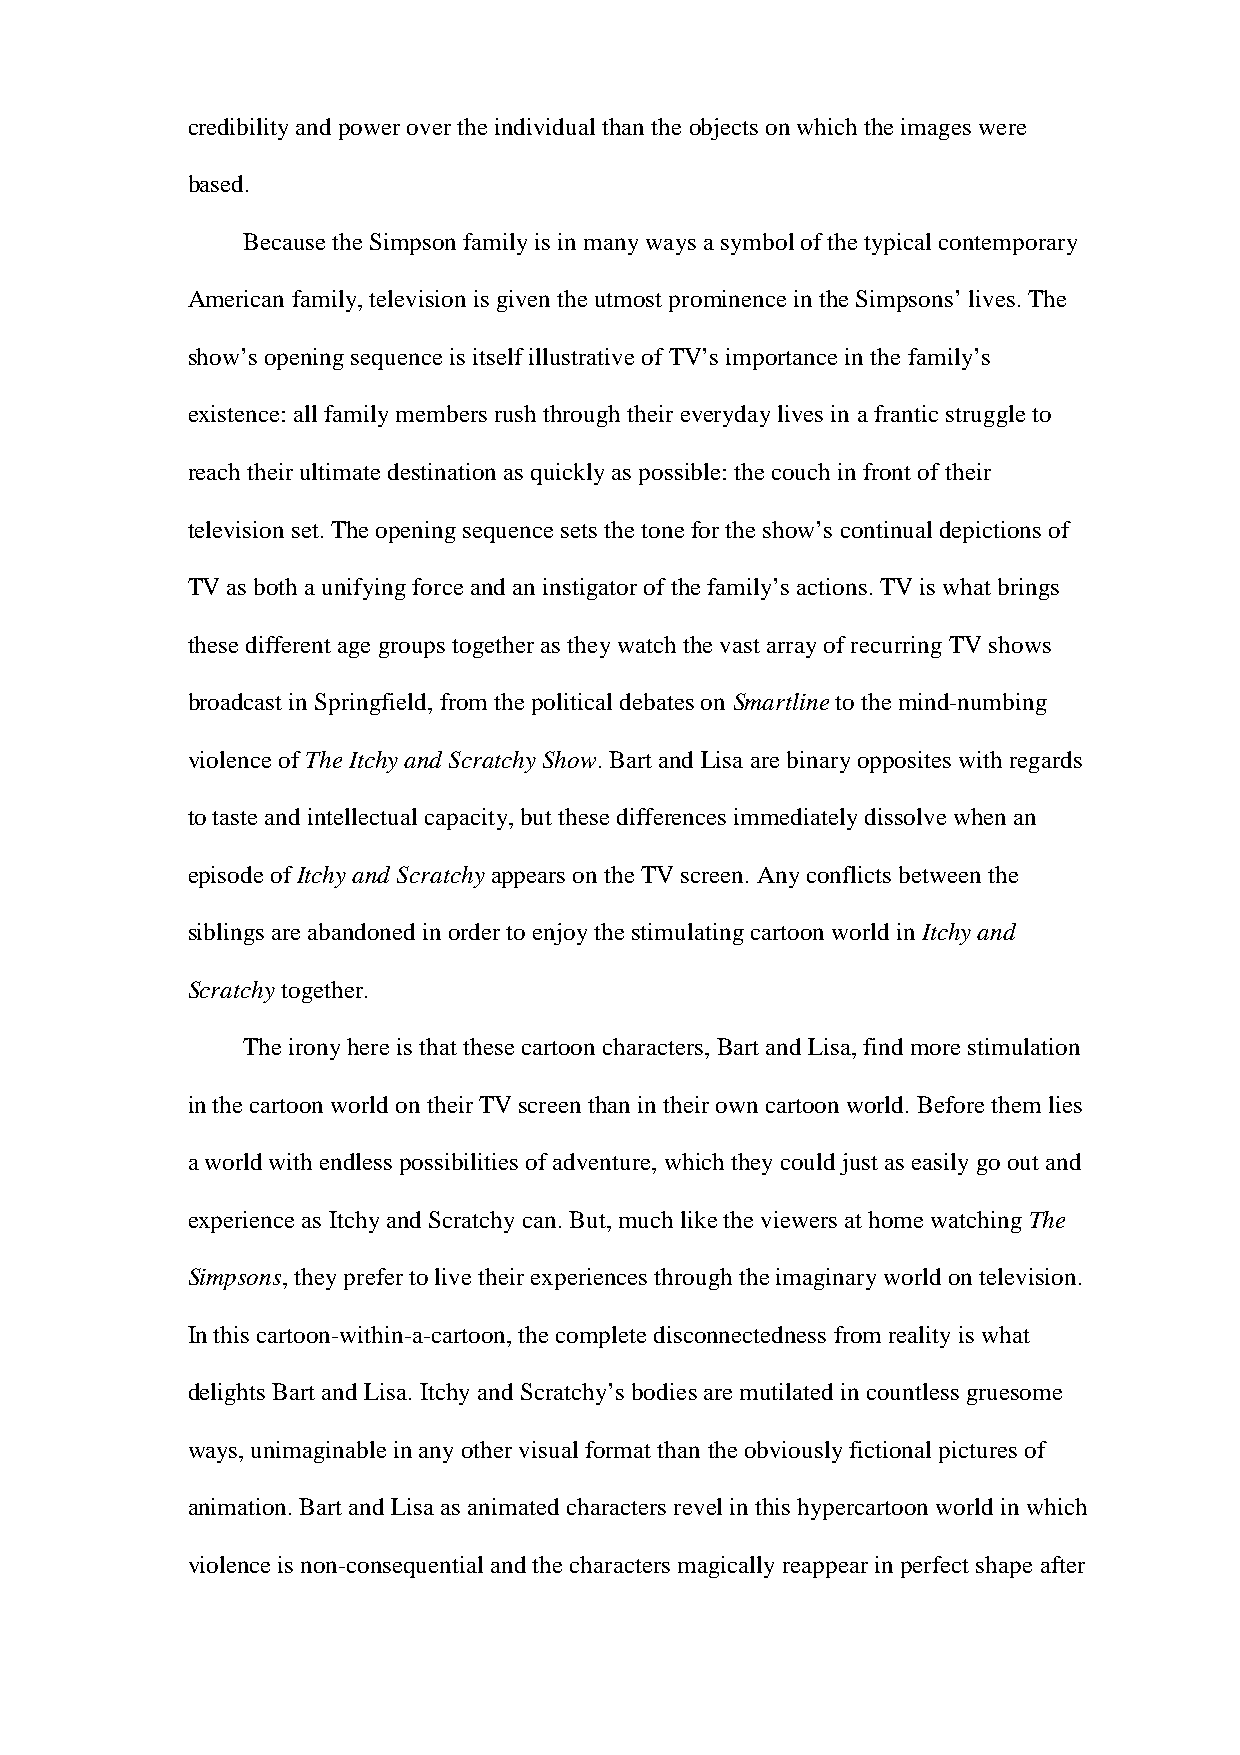
credibility and power over the individual than the objects on which the images were
 based.
 Because the Simpson family is in many ways a symbol of the typical contemporary
 American family, television is given the utmost prominence in the Simpsons’ lives. The
 show’s opening sequence is itself illustrative of TV’s importance in the family’s
 existence: all family members rush through their everyday lives in a frantic struggle to
 reach their ultimate destination as quickly as possible: the couch in front of their
 television set. The opening sequence sets the tone for the show’s continual depictions of
 TV as both a unifying force and an instigator of the family’s actions. TV is what brings
 these different age groups together as they watch the vast array of recurring TV shows
 broadcast in Springfield, from the political debates on Smartline to the mind-numbing
 violence of The Itchy and Scratchy Show. Bart and Lisa are binary opposites with regards
 to taste and intellectual capacity, but these differences immediately dissolve when an
 episode of Itchy and Scratchy appears on the TV screen. Any conflicts between the
 siblings are abandoned in order to enjoy the stimulating cartoon world in Itchy and
 Scratchy together.
 The irony here is that these cartoon characters, Bart and Lisa, find more stimulation
 in the cartoon world on their TV screen than in their own cartoon world. Before them lies
 a world with endless possibilities of adventure, which they could just as easily go out and
 experience as Itchy and Scratchy can. But, much like the viewers at home watching The
 Simpsons, they prefer to live their experiences through the imaginary world on television.
 In this cartoon-within-a-cartoon, the complete disconnectedness from reality is what
 delights Bart and Lisa. Itchy and Scratchy’s bodies are mutilated in countless gruesome
 ways, unimaginable in any other visual format than the obviously fictional pictures of
 animation. Bart and Lisa as animated characters revel in this hypercartoon world in which
 violence is non-consequential and the characters magically reappear in perfect shape after